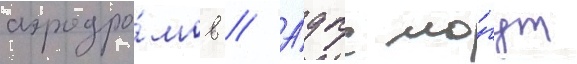
аэродро́мов // А́дпс мо́гут